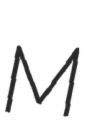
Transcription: M